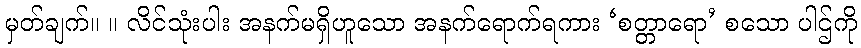
မှတ်ချက်။ ။ လိင်သုံးပါး အနက်မရှိဟူသော အနက်ရောက်ရကား ‘စတ္တာရော’ စသော ပါဌ်ကို